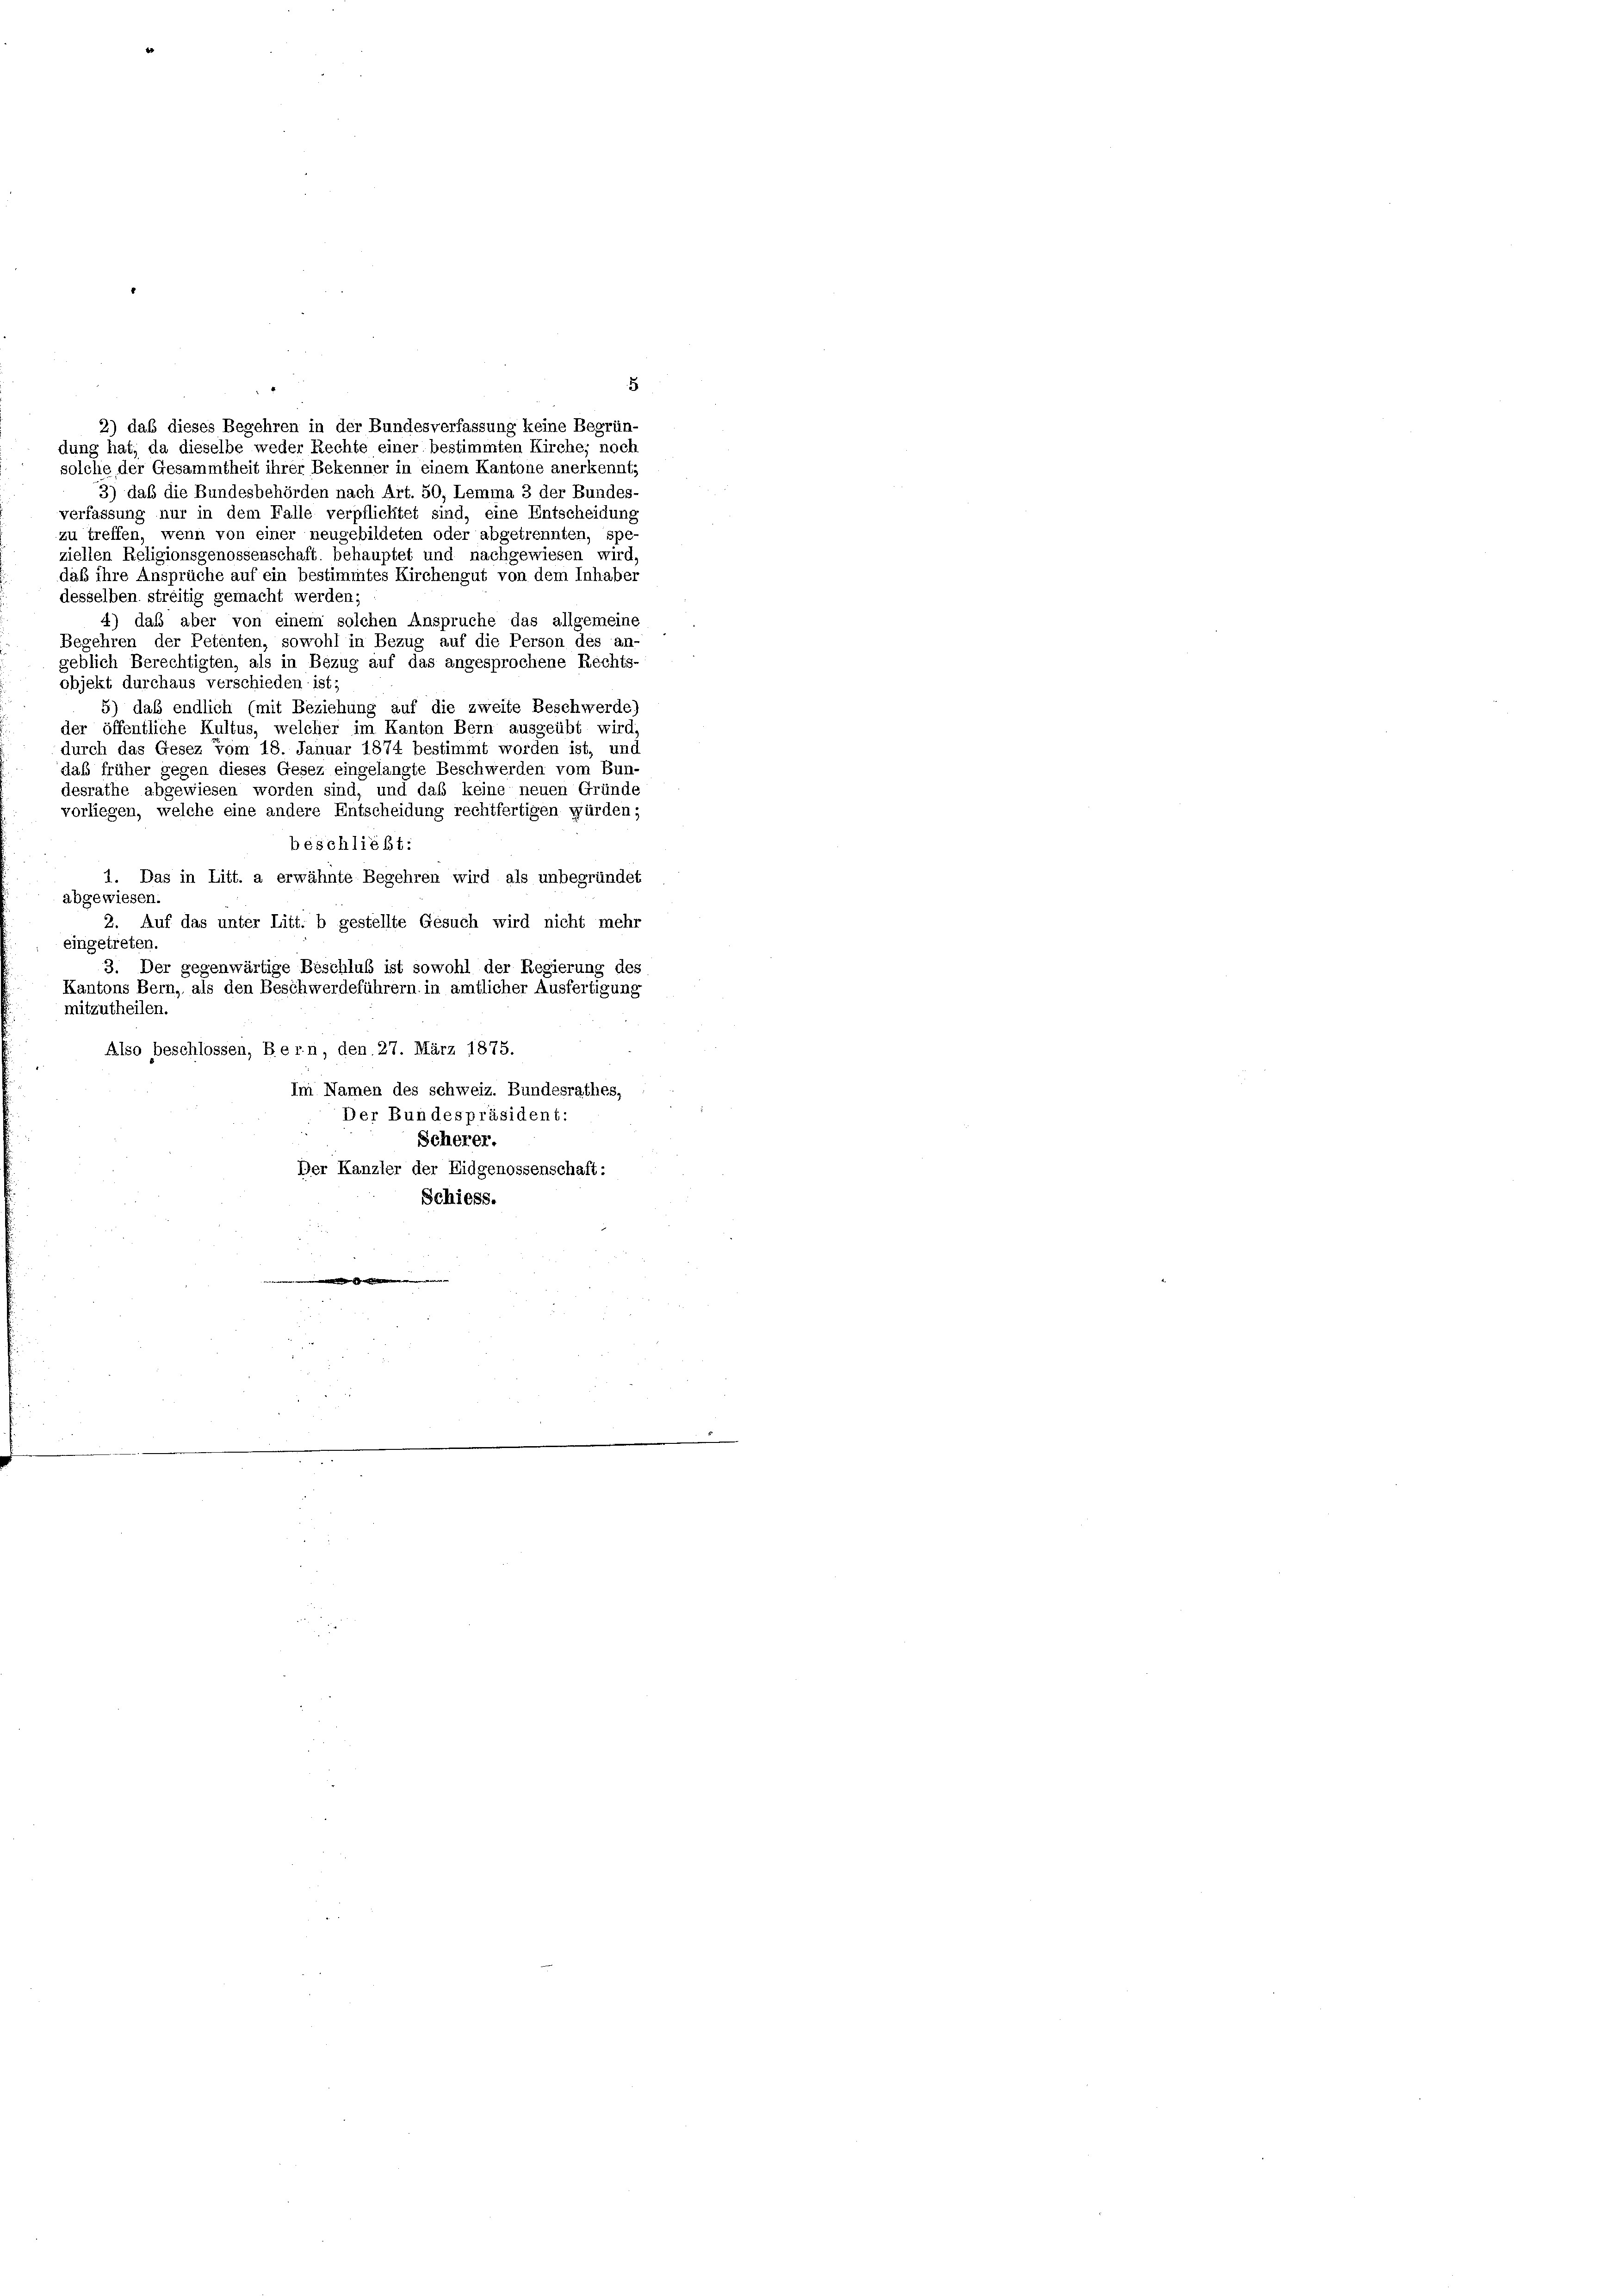
ziellen Religionsgenossenschaft behauptet und nachgewiesen wird,
daß ihre Ansprüche auf ein bestimmtes Kirchengut von dem Inhaber
desselben streitig gemacht werden;
4) daß aber von einem solchen Anspruche das allgemeine
Begehren der Petenten, sowohl in Bezug auf die Person des an-
geblich Berechtigten, als in Bezug auf das angesprochene Rechts-
objekt durchaus verschieden ist;
5) das endlich (mit Beziehung auf die zweite Beschwerde
der öffentliche Kultus, welcher im Kanton Bern ausgeübt wird,
durch das Gesez vom 18. Januar 1874 bestimmt worden ist, und
das früher gegen dieses Gesez eingelangte Beschwerden vom Bun-
desrathe abgewiesen worden sind, und das keine neuen Gründe
vorliegen, welche eine andere Entscheidung rechtfertigen würden;
beschließt:
1. Das in Litt. a erwähnte Begehren wird als unbegründet
abgewiesen.
2. Auf das unter Litt. b gestellte Gesuch wird nicht mehr
eingetreten.
3. Der gegenwärtige Beschluß ist sowohl der Regierung des
Kantons Bern, als den Beschwerdeführern in amtlicher Ausfertigung
mitzutheilen.
Also beschlossen, Bern, den 27. März 1875.
Im Namen des schweiz. Bundesrathes,
Der Bundespräsident:
Scherer.
Der Kanzler der Eidgenossenschaft:
Schiess.
.

3
2) daß dieses Begehren in der Bundesverfassung keine Begrün-
dung hat, da dieselbe weder Rechte einer bestimmten Kirches noch
solche der Gesammtheit ihrer Bekenner in einem Kantone anerkennt,
3) daß die Bundesbehörden nach Art. 50, Lemma 3 der Bundes-
verfassung nur in dem Falle verpflichtet sind, eine Entscheidung
zu treffen, wenn von einer neugebildeten oder abgetrennten, spe-